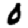
Digit: 0